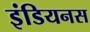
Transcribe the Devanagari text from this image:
इंडियनस